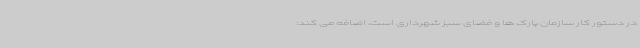
در دستور کار سازمان پارک ها و فضای سبز شهرداری است، اضافه می کند: